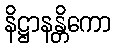
နိဋ္ဌာနန္တိကော